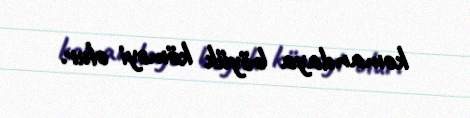
komandaya böyük köməyi olur.